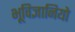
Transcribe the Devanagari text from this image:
भूविज्ञानियो